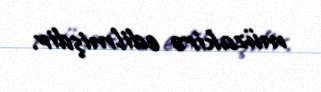
müzakirə edilmişdir.